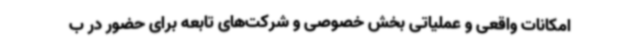
امکانات واقعی و عملیاتی بخش خصوصی و شرکت‌های تابعه برای حضور در ب